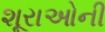
શૂરાઓની